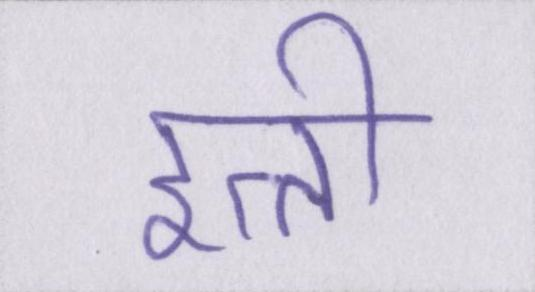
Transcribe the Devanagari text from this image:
इत्ती